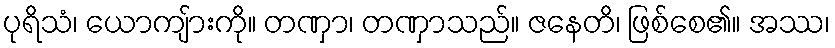
ပုရိသံ၊ ယောကျ်ားကို။ တဏှာ၊ တဏှာသည်။ ဇနေတိ၊ ဖြစ်စေ၏။ အဿ၊